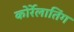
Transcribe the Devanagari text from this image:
कोर्रेलातिंग